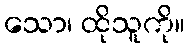
သော၊ ထိုသူကို။